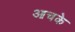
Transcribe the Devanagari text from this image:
आचके